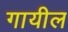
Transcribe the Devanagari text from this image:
गायील